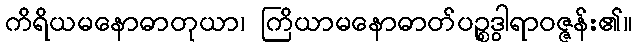
ကိရိယမနောဓာတုယာ၊ ကြိယာမနောဓာတ်ပဉ္စဒွါရာဝဇ္ဇန်း၏။